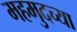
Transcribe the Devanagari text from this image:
महमुदच्या